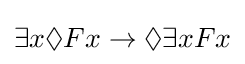
\exists x\Diamond Fx\to \Diamond \exists xFx